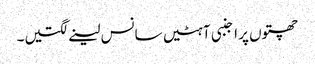
چھتوں پر اجنبی آہٹیں سانس لینے لگتیں۔